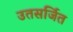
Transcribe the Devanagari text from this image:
उतसर्जित